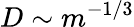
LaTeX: D\sim m^{-1/3}